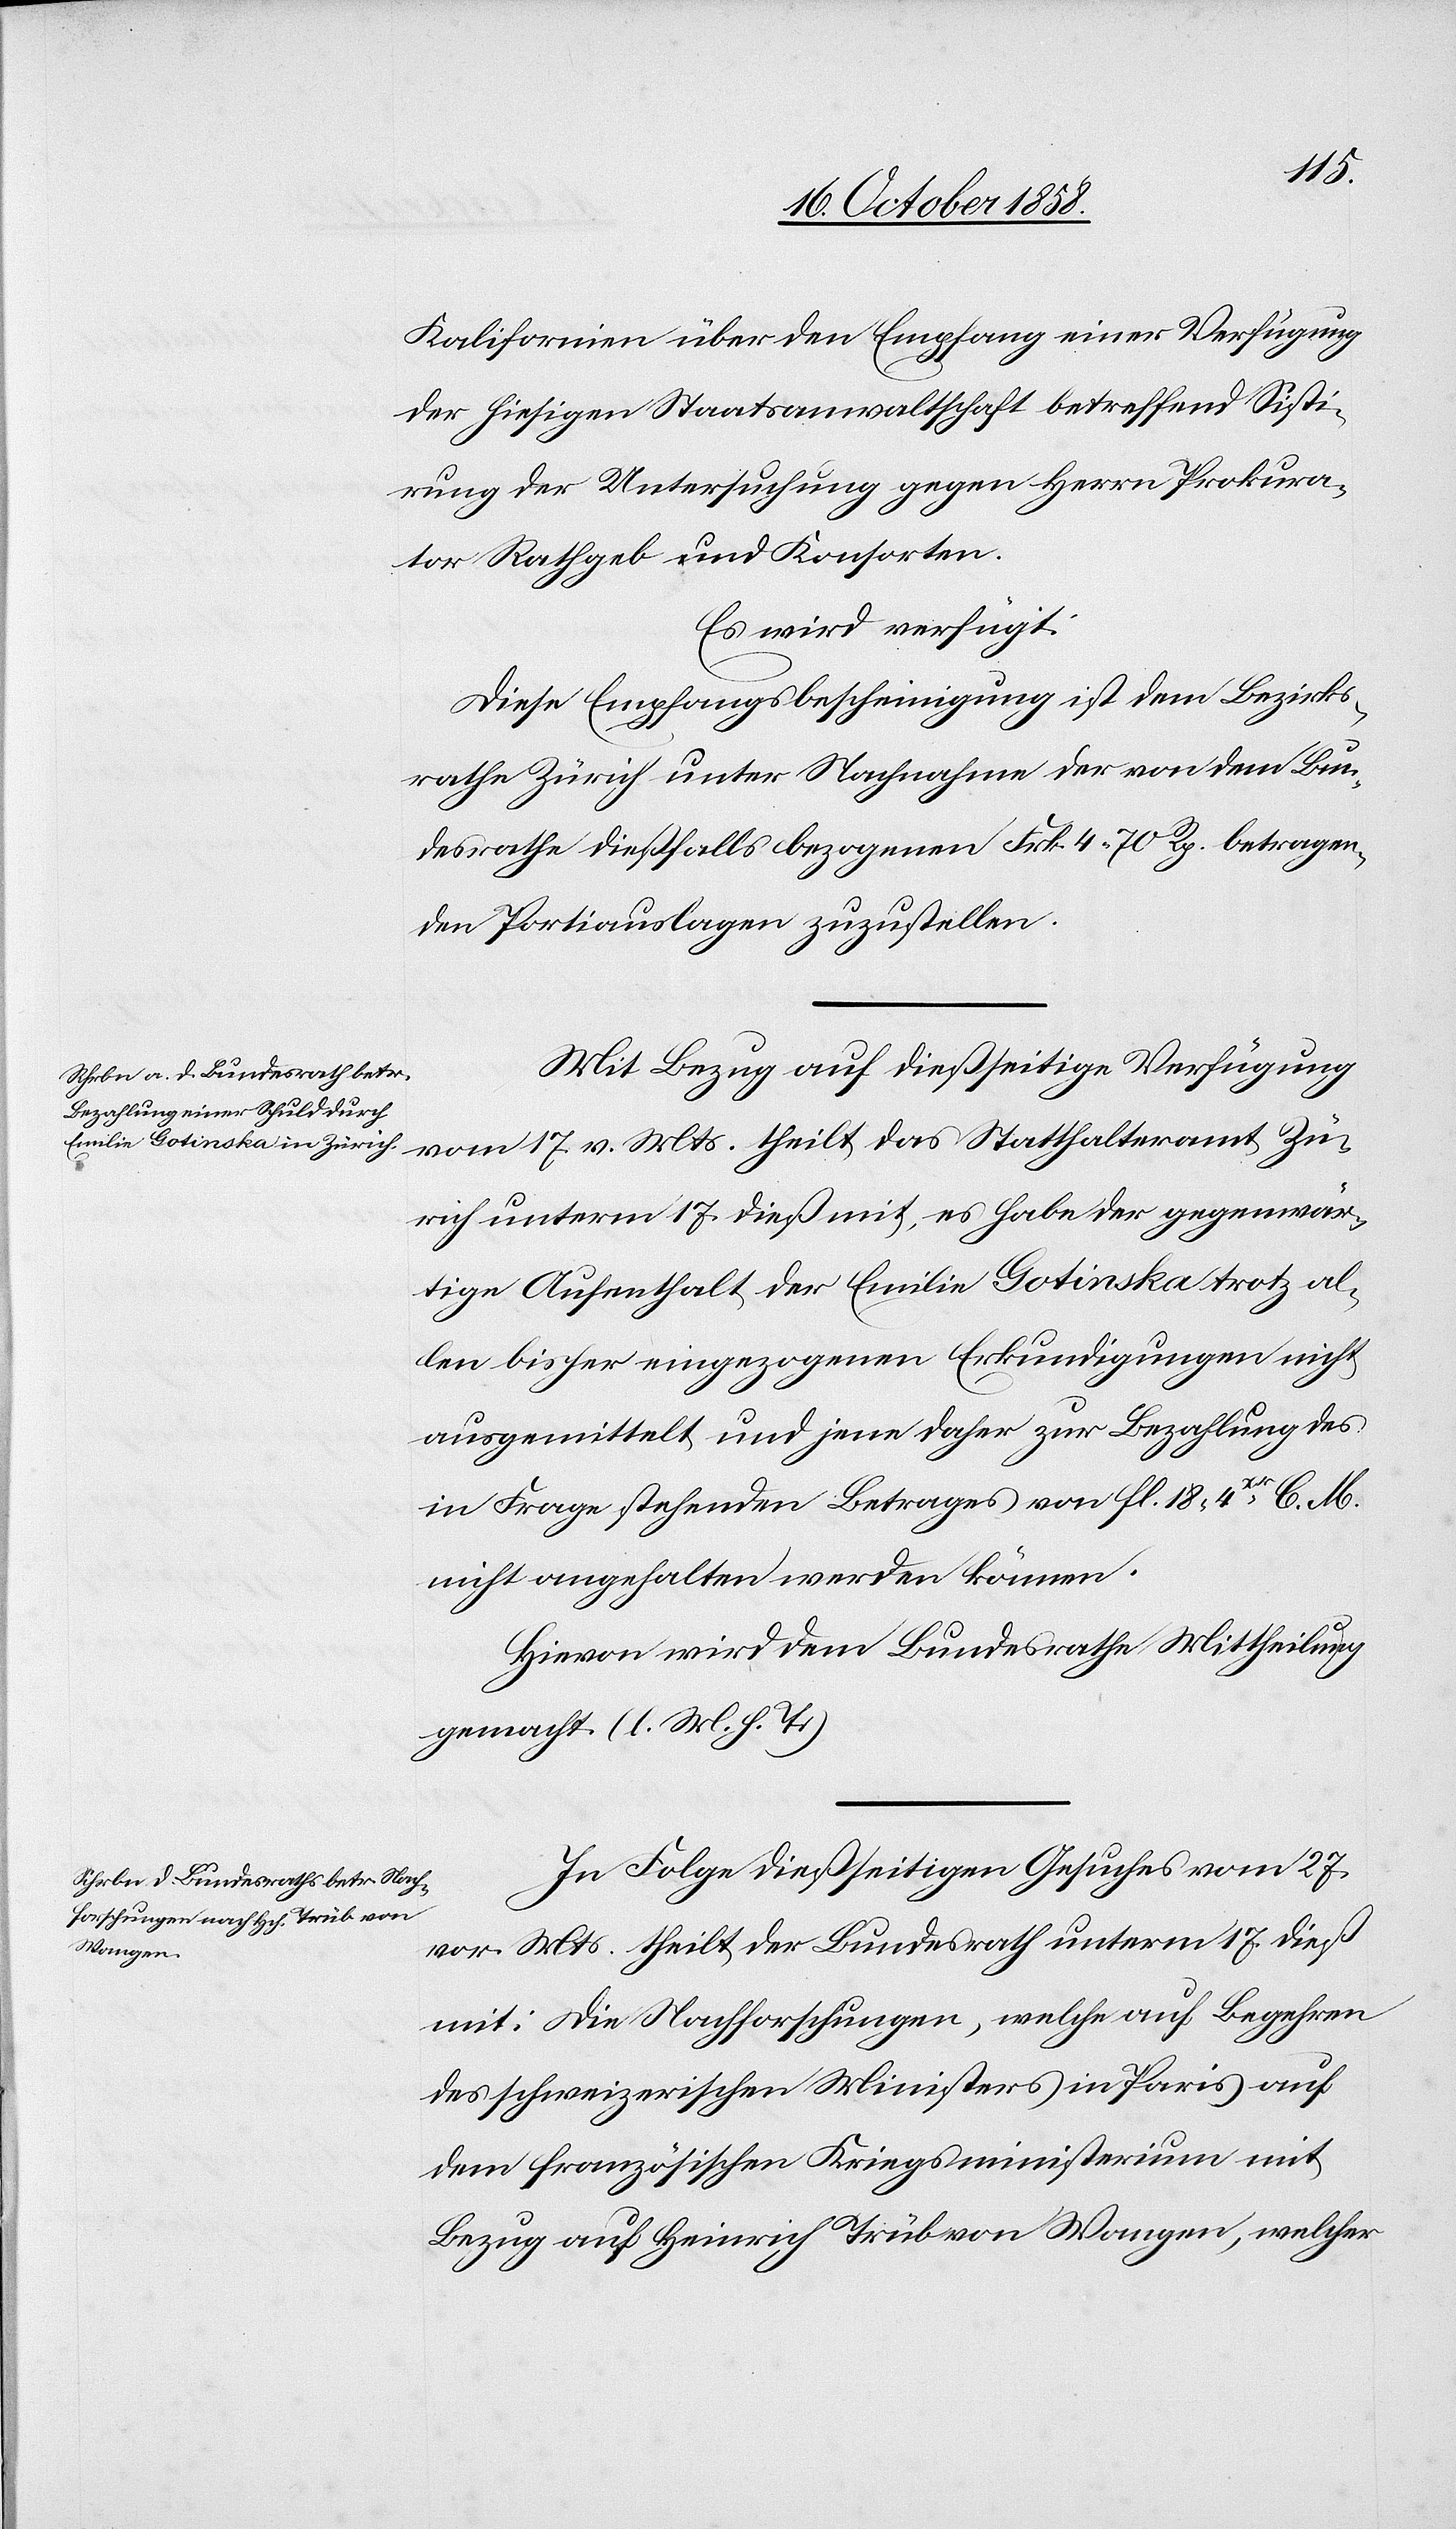
20. October 1858.]
Kalifornien über den Empfang einer Verfügung
der hiesigen Staatsanwaltschaft betreffend Sisti¬
rung der Untersuchung gegen Herrn Prokura¬
tor Rathgeb und Konsorten.
Es wird verfügt:
Diese Empfangsbescheinigung ist dem Bezirks¬
rathe Zürich unter Nachnahme der von dem Bun¬
desrathe dießfalls bezogenen Frk. 4 70 Rp. betragen¬
den Portiauslagen zuzustellen.
Mit Bezug auf dießseitige Verfügung
vom 17. v. Mts. theilt das Statthalteramt Zü¬
rich unterm 17. dieß mit, es habe der gegenwär¬
tige Aufenthalt der Emilie Gotinska trotz al¬
len bisher eingezogenen Erkundigungen nicht
ausgemittelt und jene daher zur Bezahlung des
in Frage stehenden Betrages von fl. 18 4xr C. M.
nicht angehalten werden können.
Hievon wird dem Bundesrathe Mittheilung
gemacht. (l. M. h. T.)
In Folge dießseitigen Gesuches vom 27.
vor. Mts. theilt der Bundesrath unterm 17. dieß
mit: Die Nachforschungen, welche auf Begehren
des schweizerischen Ministers in Paris auf
dem französischen Kriegsministerium mit
Bezug auf Heinrich Trüb von Wangen, welcher